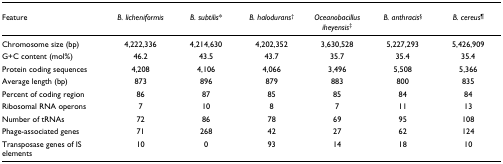
| Feature | B. licheniformis | B. subtilis* | B. halodurans† | Oceanobacillus iheyensis‡ | B. anthracis§ | B. cereus¶ |
 | --- | --- | --- | --- | --- | --- | --- |
 | Chromosome size (bp) | 4,222,336 | 4,214,630 | 4,202,352 | 3,630,528 | 5,227,293 | 5,426,909 |
 | G+C content (mol%) | 46.2 | 43.5 | 43.7 | 35.7 | 35.4 | 35.4 |
 | Protein coding sequences | 4,208 | 4,106 | 4,066 | 3,496 | 5,508 | 5,366 |
 | Average length (bp) | 873 | 896 | 879 | 883 | 800 | 835 |
 | Percent of coding region | 86 | 87 | 85 | 85 | 84 | 84 |
 | Ribosomal RNA operons | 7 | 10 | 8 | 7 | 11 | 13 |
 | Number of tRNAs | 72 | 86 | 78 | 69 | 95 | 108 |
 | Phage-associated genes | 71 | 268 | 42 | 27 | 62 | 124 |
 | Transposase genes of IS elements | 10 | 0 | 93 | 14 | 18 | 10 |